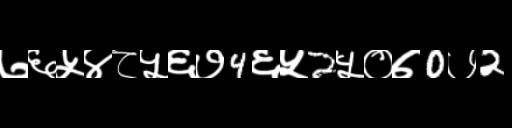
Text: ७६५४८५६७4६५2५०७0७2